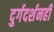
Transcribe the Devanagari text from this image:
दुर्गदर्शनही